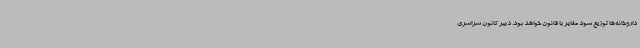
داروخانه‌ها توزیع شود مغایر با قانون خواهد بود. دبیر کانون سراسری